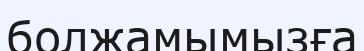
болжамымызға